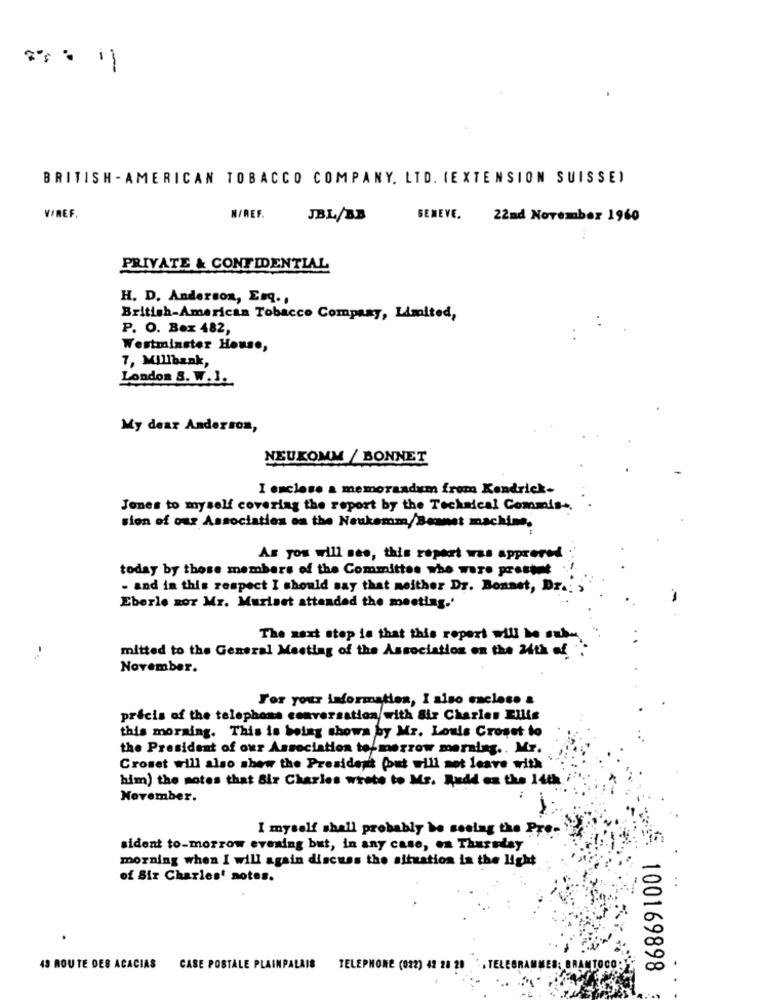
-
-
BRITISH - AMERICAN TOBACCO COMPANY. LTD. (EXTENSION SUISSE)
VREF.
N/REF.
JBL/BB
GENEVE.
22nd November 1960
PRIVATE & CONFIDENTIAL
H. D. Anderson, Esq .,
British-American Tobacco Company, Limited,
P. O. Box 482,
Westminster House,
7, Millbank,
London S. W. J.
My dear Anderson,
NEUKOMM / BONNET
I enclose a memorandum from Kendrick-
Jones to myself covering the report by the Technical Commis -.
sion of our Association es the Neukemm,Bennet machine.
As you will see, this report was approved
today by those members of the Committee who were prestut
- and in this respect I should say that neither Dr. Bonset, Dr .:
Eberle Ror Mr. Muriset attended the meeting.'
The next stop is that this report will be sabe
mitted to the General Meeting of the Association on the 24th of
November.
For your information, I also enclose &
précis of the telephone conversation with Sir Charles Ellis
this morning. This is being showa by Mr. Louis Croset to
the President of our Association tomorrow morning .. Mr.
Croset will also show the President (out will not leave with
him) the notes that Bir Charles wrote to Ms. Redd es the 14th
November.
I myself shall probably be seeing the Pre-
sident to-morrow evening but, in any case, on Thursday
morning when I will again discuss the situation in the light
of Sir Charles' notes.
43 ROUTE DES ACACIAS CASE POSTALE PLAINPALAIS TELEPHONE (022) 42 28 29 .. TELEGRAMMESS
£ 100169898